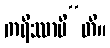
ကရိဿာမီ”တိ။